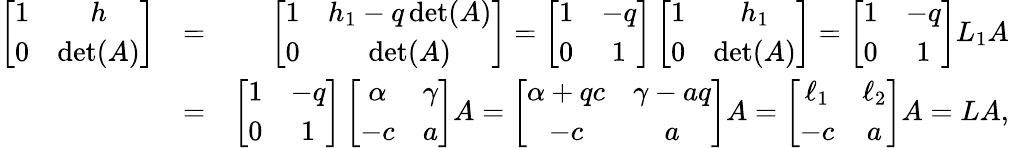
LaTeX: \begin{array}{rlr}{\left[\begin{array}{cc}{1}&{h}\\ {0}&{\operatorname*{det}(A)}\end{array}\right]}&{=}&{\left[\begin{array}{cc}{1}&{h_{1}-q\operatorname*{det}(A)}\\ {0}&{\operatorname*{det}(A)}\end{array}\right]=\left[\begin{array}{cc}{1}&{-q}\\ {0}&{1}\end{array}\right]\left[\begin{array}{cc}{1}&{h_{1}}\\ {0}&{\operatorname*{det}(A)}\end{array}\right]=\left[\begin{array}{cc}{1}&{-q}\\ {0}&{1}\end{array}\right]L_{1}A}\\ &{=}&{\left[\begin{array}{cc}{1}&{-q}\\ {0}&{1}\end{array}\right]\left[\begin{array}{cc}{\alpha}&{\gamma}\\ {-c}&{a}\end{array}\right]A=\left[\begin{array}{cc}{\alpha+qc}&{\gamma-aq}\\ {-c}&{a}\end{array}\right]A=\left[\begin{array}{cc}{\ell_{1}}&{\ell_{2}}\\ {-c}&{a}\end{array}\right]A=LA,}\end{array}